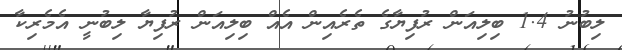
ލިބުނު 1.4 ބިލިއަން ރުފިޔާގެ ތެރެއިން އެއް ބިލިއަން ރުފިޔާ ލިބުނީ އެމެރިކާ